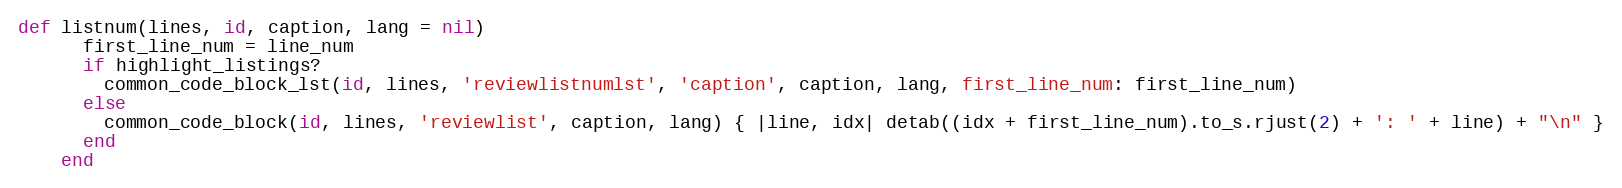
Language: Ruby
def listnum(lines, id, caption, lang = nil)
      first_line_num = line_num
      if highlight_listings?
        common_code_block_lst(id, lines, 'reviewlistnumlst', 'caption', caption, lang, first_line_num: first_line_num)
      else
        common_code_block(id, lines, 'reviewlist', caption, lang) { |line, idx| detab((idx + first_line_num).to_s.rjust(2) + ': ' + line) + "\n" }
      end
    end